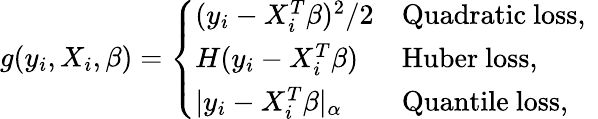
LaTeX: g(y_{i},X_{i},\beta)=\left\{ \begin{array}{ll}{(y_{i}-X_{i}^{T}\beta)^{2}/2}&{\mathrm{Quadratic~loss,~}}\\ {H(y_{i}-X_{i}^{T}\beta)}&{\mathrm{Huber~loss,}}\\ {\vert y_{i}-X_{i}^{T}\beta\vert_{\alpha}}&{\mathrm{Quantile~loss,}}\end{array}\right.